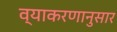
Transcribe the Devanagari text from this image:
व्याकरणानुसार